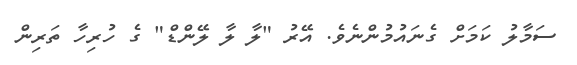
ސަމާލު ކަމަށް ގެނައުމުންނެވެ. އޭރު "ލާ ލާ ލޭންޑް" ގެ ހުރިހާ ތަރިން